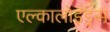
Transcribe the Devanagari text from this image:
एल्कालोइड्स